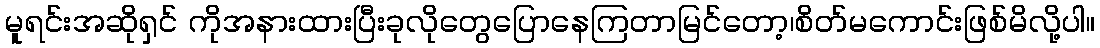
မူရင်းအဆိုရှင် ကိုအနားထားပြီးခုလိုတွေပြောနေကြတာမြင်တော့၊စိတ်မကောင်းဖြစ်မိလို့ပါ။